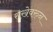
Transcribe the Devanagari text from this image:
राखेवरुन